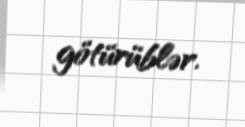
götürüblər.